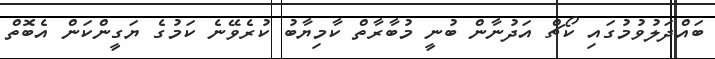
ބައްދަލުވުމުގައި ކޯޗް އަދުނާން ބުނީ މުބާރާތް ކާމިޔާބު ކުރެވޭނެ ކަމުގެ ޔަގީންކަން އެބޮތް